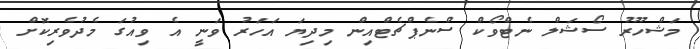
މަޝްހޫރު ސޯޝަލް ނެޓްވޯކް ސްނެޕްޗެޓްއިން މިދިޔަ އަހަރު ވަނީ އެ ވިއުގަ މެދުވެރިކޮށް